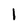
Character: 1